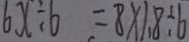
6 x \div 6 = 8 \times 1 . 8 \div 6